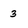
Character: 3